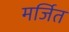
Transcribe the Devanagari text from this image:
मर्जित